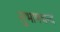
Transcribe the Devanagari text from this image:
सुभाषचन्द